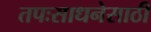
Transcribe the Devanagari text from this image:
तपःसाधनेसाठी